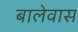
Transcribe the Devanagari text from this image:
बालेवास